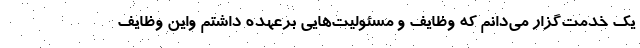
یک خدمت‌گزار می‌دانم که وظایف و مسئولیت‌هایی برعهده داشتم واین وظایف